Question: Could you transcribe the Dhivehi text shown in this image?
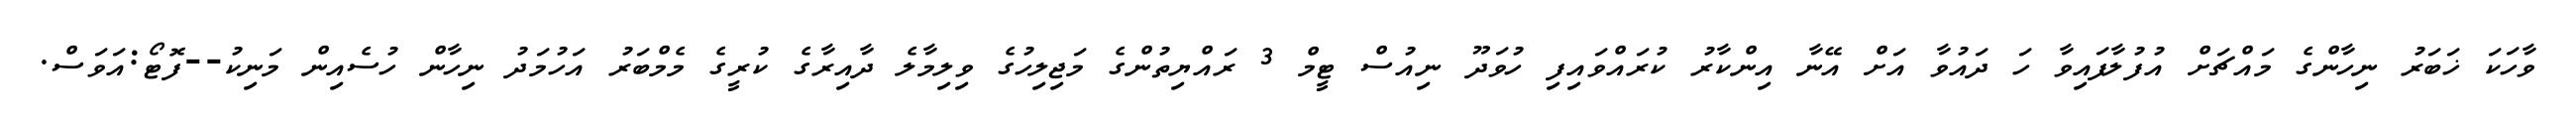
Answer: ވާހަކަ ޚަބަރު ނިހާންގެ މައްޗަށް އުފުލާފައިވާ ހަ ދައުވާ އަށް އޭނާ އިންކާރު ކުރައްވައިފި ހުވަދޫ ނިއުސް ޓީމް 3 ރައްޔިތުންގެ މަޖިލިހުގެ ވިލިމާލެ ދާއިރާގެ ކުރީގެ މެމްބަރު އަހުމަދު ނިހާން ހުސެއިން މަނިކު--ފޮޓޯ:އަވަސް.